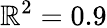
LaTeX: \mathbb{R}^{2}=0.9